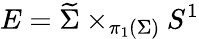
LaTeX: E=\widetilde{\Sigma}\times_{\pi_{1}(\Sigma)}S^{1}